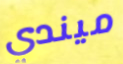
ميندي